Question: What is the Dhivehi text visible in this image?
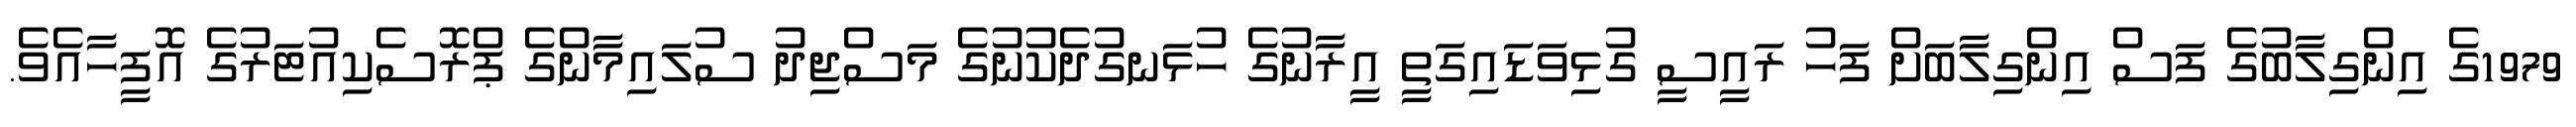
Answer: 1979ގެ އިންގިލާބުގެ ފަސް އިންގިލާބަށް ފަހު ރައީސީ ގުޅިވަޑައިގަތީ އީރާނުގެ ހުޅަނގުދެކުނުގެ މަސްޖިދު ސުލައިމާންގެ ޕްރޮސެކިއުޓަރުގެ އޮފީހާއެވެ.